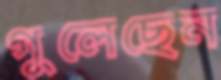
গুলেছেন